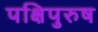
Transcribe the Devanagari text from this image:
पक्षिपुरुष